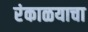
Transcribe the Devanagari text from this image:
रंकाळयाचा